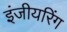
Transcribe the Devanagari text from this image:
इंजीयरिंग